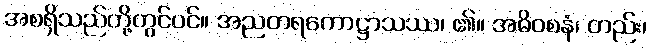
အစရှိသည်တို့တွင်ပင်။ အညတရကောဋ္ဌာသဿ၊ ၏။ အဓိဝစနံ၊ တည်း၊